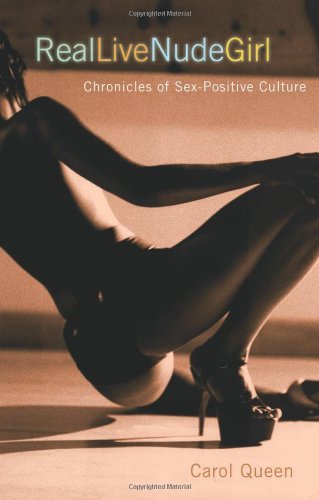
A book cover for Real Live Nude Girl: Chronicles of Sex-Positive Culture; Carol Queen; Gay & Lesbian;